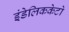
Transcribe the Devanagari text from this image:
इंडेलिककेटो